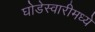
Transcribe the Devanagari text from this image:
घोडेस्वारीमध्ये